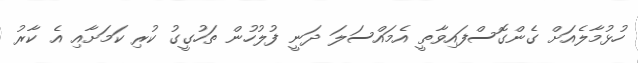
ހުޅުމާލެއަށް ގެންގޮސްފައިވާތީ އެމައްސަލަ ދަނީ ފުލުހުން ތަހުގީގު ކުރި ކަމަށާއި އެ ކާރު